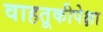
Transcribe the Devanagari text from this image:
वाहतूकीपेक्षा